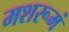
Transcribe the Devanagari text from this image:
मशरूमं